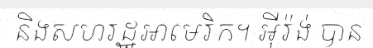
និងសហរដ្ឋអាមេរិក។ អ៊ីរ៉ង់ បាន